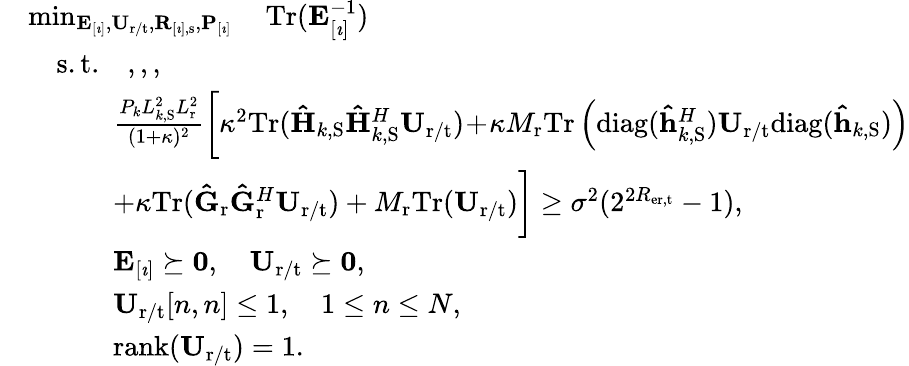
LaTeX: \begin{array}{rl}&{\operatorname*{min}_{\mathbf{E}_{[\imath]},\mathbf{U}_{\mathrm{r}/\mathrm{t}},\mathbf{R}_{[\imath],\mathrm{s}},\mathbf{P}_{[\imath]}}\quad\mathrm{Tr}(\mathbf{E}_{[\imath]}^{-1})}\\ &{\quad\mathrm{s.t.}\quad,,,}\\ &{\quad\quad\quad\frac{P_{k}L_{k,\mathrm{S}}^{2}L_{\mathrm{r}}^{2}}{(1+\kappa)^{2}}\bigg[\kappa^{2}\mathrm{Tr}(\mathbf{\hat{H}}_{k,\mathrm{S}}\mathbf{\hat{H}}_{k,\mathrm{S}}^{H}\mathbf{U}_{\mathrm{r}/\mathrm{t}})\! +\! \kappa M_{\mathrm{r}}\mathrm{Tr}\left(\mathrm{diag}(\mathbf{\hat{h}}_{k,\mathrm{S}}^{H})\mathbf{U}_{\mathrm{r}/\mathrm{t}}\mathrm{diag}(\mathbf{\hat{h}}_{k,\mathrm{S}})\right)}\\ &{\quad\quad\quad+\kappa\mathrm{Tr}(\mathbf{\hat{G}}_{\mathrm{r}}\mathbf{\hat{G}}_{\mathrm{r}}^{H}\mathbf{U}_{\mathrm{r}/\mathrm{t}})+M_{\mathrm{r}}\mathrm{Tr}(\mathbf{U}_{\mathrm{r}/\mathrm{t}})\bigg]\geq\sigma^{2}(2^{2R_{\mathrm{er},\mathrm{t}}}-1),}\\ &{\quad\quad\quad\mathbf{E}_{[\imath]}\succeq\mathbf{0},\quad\mathbf{U}_{\mathrm{r}/\mathrm{t}}\succeq\mathbf{0},}\\ &{\quad\quad\quad\mathbf{U}_{\mathrm{r}/\mathrm{t}}[n,n]\leq 1,\quad 1\leq n\leq N,}\\ &{\quad\quad\quad\mathrm{rank}(\mathbf{U}_{\mathrm{r}/\mathrm{t}})=1.}\end{array}